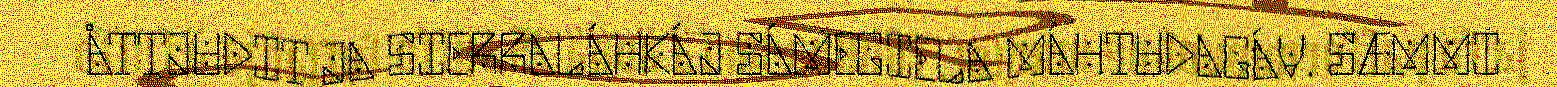
ÅTTJUDIT JA SIERRALÁHKÁJ SÁMEGIELA MÁHTUDAGÁV. SÆMMI